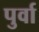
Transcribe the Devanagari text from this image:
पुर्वा